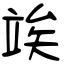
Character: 竢